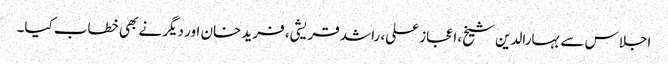
اجلاس سے بہارالدین شیخ، اعجاز علی، راشد قریشی، فرید خان اور دیگر نے بھی خطاب کیا۔